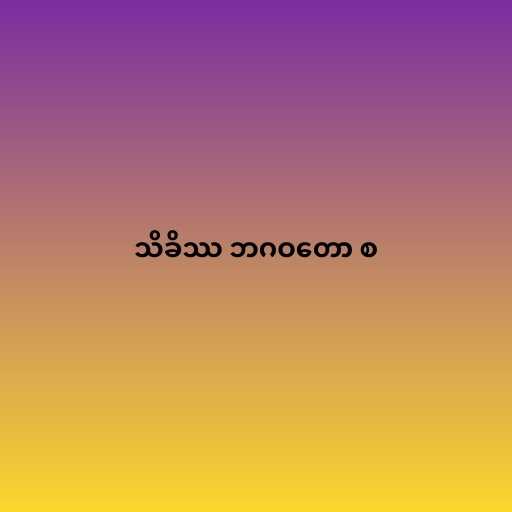
သိခိဿ ဘဂဝတော စ